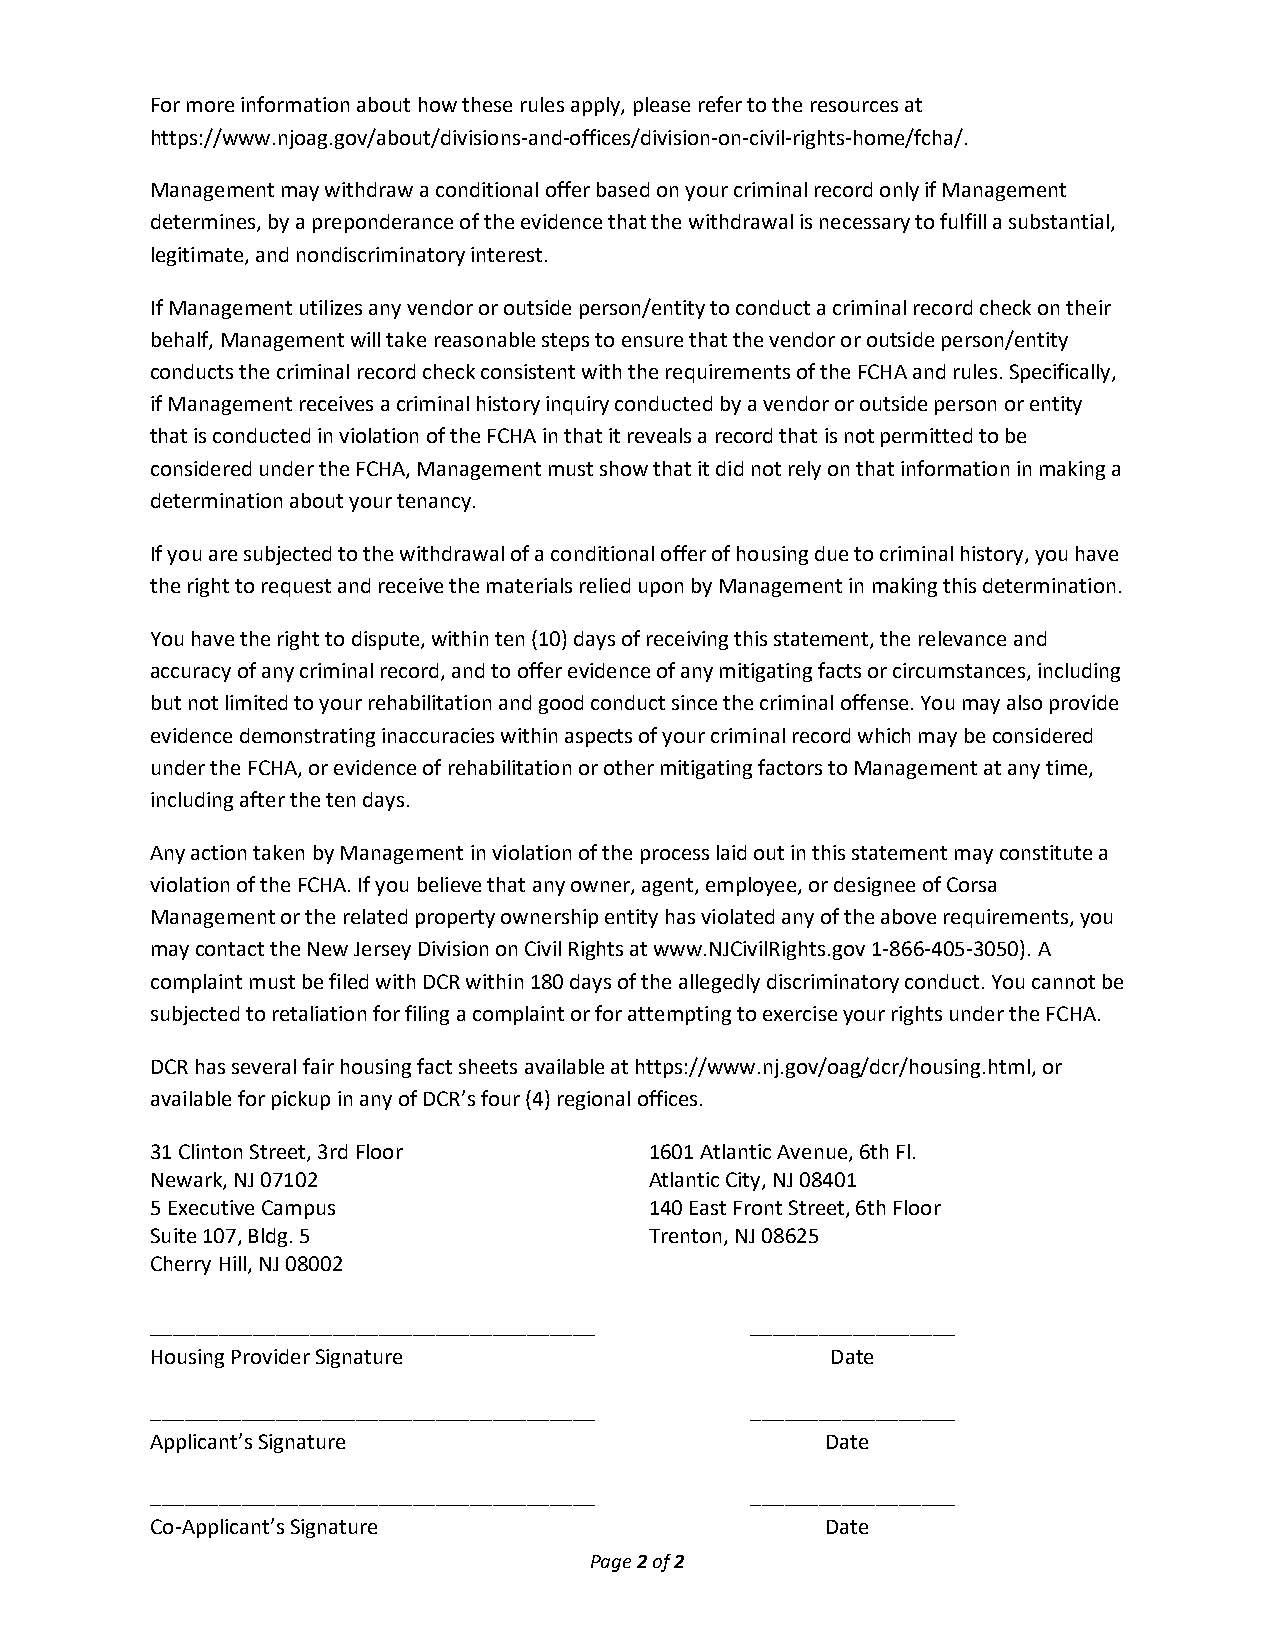
For more information about how these rules apply, please refer to the resources at
 https://www.njoag.gov/about/divisions-and-offices/division-on-civil-rights-home/fcha/.
 Management may withdraw a conditional offer based on your criminal record only if Management
 determines, by a preponderance of the evidence that the withdrawal is necessary to fulfill a substantial,
 legitimate, and nondiscriminatory interest.
 If Management utilizes any vendor or outside person/entity to conduct a criminal record check on their
 behalf, Management will take reasonable steps to ensure that the vendor or outside person/entity
 conducts the criminal record check consistent with the requirements of the FCHA and rules. Specifically,
 if Management receives a criminal history inquiry conducted by a vendor or outside person or entity
 that is conducted in violation of the FCHA in that it reveals a record that is not permitted to be
 considered under the FCHA, Management must show that it did not rely on that information in making a
 determination about your tenancy.
 If you are subjected to the withdrawal of a conditional offer of housing due to criminal history, you have
 the right to request and receive the materials relied upon by Management in making this determination.
 You have the right to dispute, within ten (10) days of receiving this statement, the relevance and
 accuracy of any criminal record, and to offer evidence of any mitigating facts or circumstances, including
 but not limited to your rehabilitation and good conduct since the criminal offense. You may also provide
 evidence demonstrating inaccuracies within aspects of your criminal record which may be considered
 under the FCHA, or evidence of rehabilitation or other mitigating factors to Management at any time,
 including after the ten days.
 Any action taken by Management in violation of the process laid out in this statement may constitute a
 violation of the FCHA. If you believe that any owner, agent, employee, or designee of Corsa
 Management or the related property ownership entity has violated any of the above requirements, you
 may contact the New Jersey Division on Civil Rights at www.NJCivilRights.gov 1-866-405-3050). A
 complaint must be filed with DCR within 180 days of the allegedly discriminatory conduct. You cannot be
 subjected to retaliation for filing a complaint or for attempting to exercise your rights under the FCHA.
 DCR has several fair housing fact sheets available at https://www.nj.gov/oag/dcr/housing.html, or
 available for pickup in any of DCR’s four (4) regional offices.
 31 Clinton Street, 3rd Floor     1601 Atlantic Avenue, 6th Fl.
 Newark, NJ 07102                 Atlantic City, NJ 08401
 5 Executive Campus               140 East Front Street, 6th Floor
 Suite 107, Bldg. 5               Trenton, NJ 08625
 Cherry Hill, NJ 08002
 _______________________________________ __________________
 Housing Provider Signature                   Date
 _______________________________________ __________________
 Applicant’s Signature                        Date
 _______________________________________ __________________
 Co-Applicant’s Signature                     Date
 Page 2 of 2